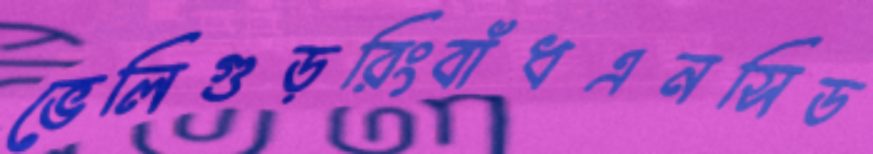
ভেলিগুড়রিংবাঁধএনসিড